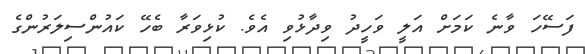
ފަސޭހަ ވާނެ ކަމަށް އަލީ ވަހީދު ވިދާޅުވި އެވެ. ކުޅިވަރާ ބެހޭ ކައުންސިލަރުންގެ